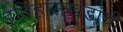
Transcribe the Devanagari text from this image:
इतिहासखंडांची